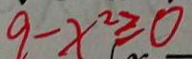
9 - x ^ { 2 } \geq 0